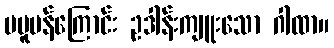
မပူပန်ကြောင်း ဥဒါန်းကျူးသော ဂါထာ။